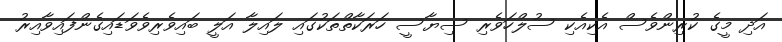
އަދި މީގެ ކުރިންވެސް އެކިއެކި ސުލްހަވެރި ސިޔާސީ ހަރަކާތްތަކުގައި ލައިލާ އަލީ ބައިވެރިވެވަޑައިގެންފައިވާއިރު